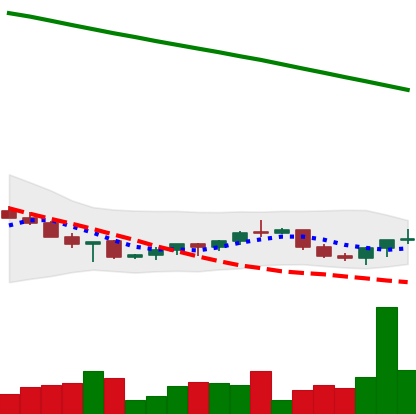
Ticker: XRP-USD
Chart end date: 2022-07-15
Forward return: 7.757%
Label: up_7plus